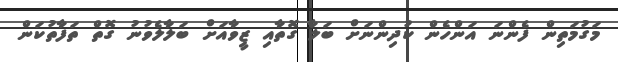
މަގުމަތިން ފެންނަ އަންހެން ކުދިންނަށް ބަލާ ގޮތާއި ޒީވާއަށް ބަލާލެވުނު ގޮތް ތަފާތުކަން